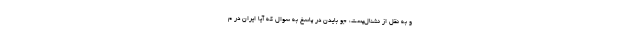
و به نقل از نشنال‌پست، جو بایدن در پاسخ به سوال که آیا ایران در م